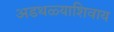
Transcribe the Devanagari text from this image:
अडथळ्याशिवाय